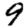
Digit: 9